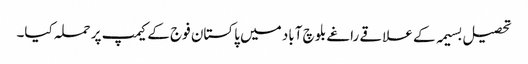
تحصیل بسیمہ کے علاقے راغے بلوچ آباد میں پاکستان فوج کے کیمپ پر حملہ کیا۔